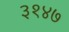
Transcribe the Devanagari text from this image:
३१४७